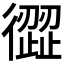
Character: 𢕬